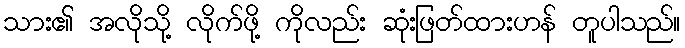
သား၏ အလိုသို့ လိုက်ဖို့ ကိုလည်း ဆုံးဖြတ်ထားဟန် တူပါသည်။